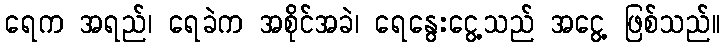
ရေက အရည်၊ ရေခဲက အစိုင်အခဲ၊ ရေနွေးငွေ့သည် အငွေ့ ဖြစ်သည်။